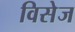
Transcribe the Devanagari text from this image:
विसेज